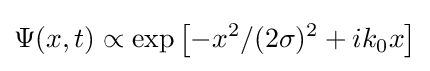
\Psi (x,t)\propto \exp \left[-x^{2}/(2\sigma )^{2}+ik_{0}x\right]